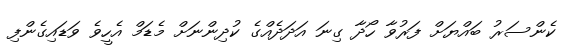
ކެންސަރު ބައްޔަށް ފަރުވާ ހޯދާ ގިނަ އަދަދެއްގެ ކުދިންނަށް މެޑަމް އެހީވެ ވަޑައިގެންފި